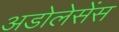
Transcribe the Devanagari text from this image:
अडोलेसेंस